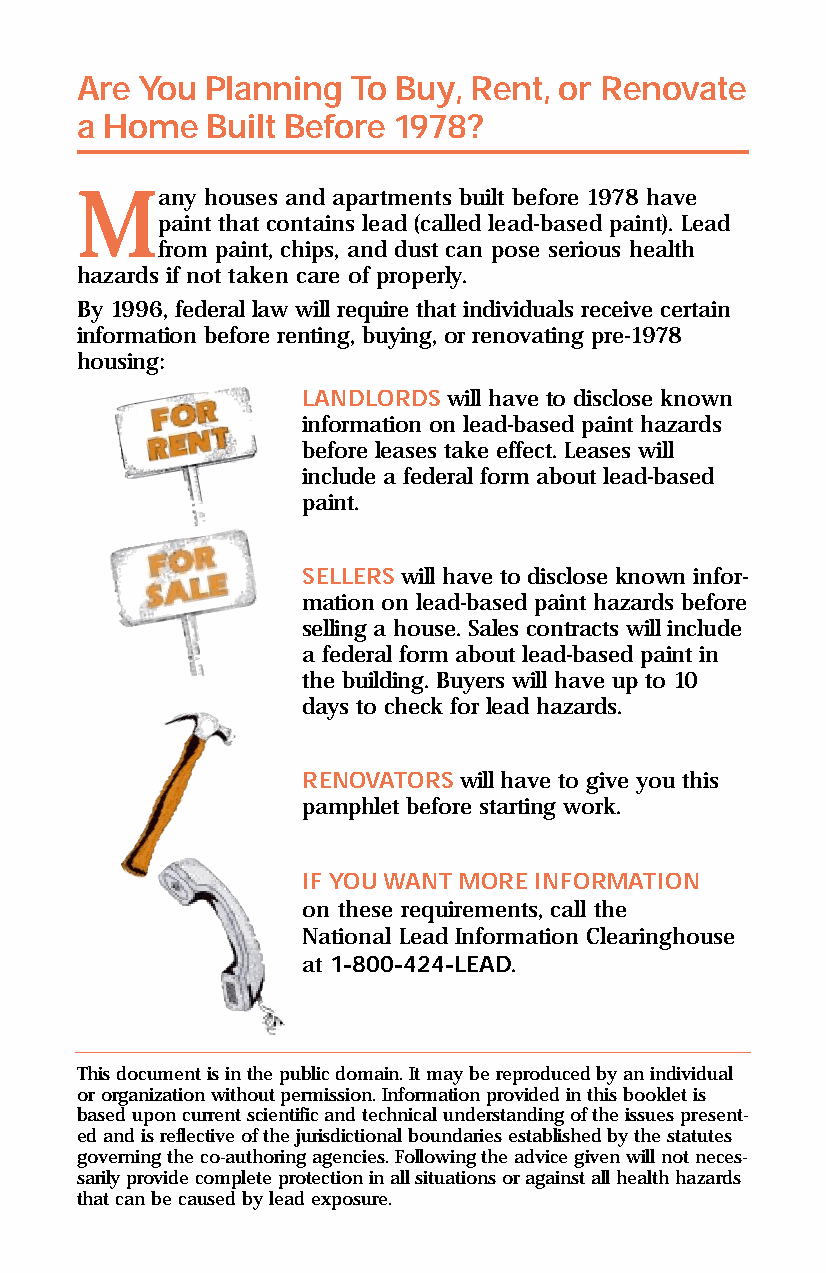
rfinal.qxd 8/8/95 3:18 PM Page 4
 Are You  Planning To Buy, Rent, or Renovate
 a Home   Built Before 1978?
 Many     houses and apartments built before 1978 have
 paint that contains lead (called lead-based paint). Lead
 from paint, chips, and dust can pose serious health
 hazards if not taken care of properly.
 By 1996, federal law will require that individuals receive certain
 information before renting, buying, or renovating pre-1978
 housing:
 LANDLORDS will have to disclose known
 information on lead-based paint hazards
 before leases take effect. Leases will
 include a federal form about lead-based
 paint.
 SELLERS will have to disclose known infor-
 mation on lead-based paint hazards before
 selling a house. Sales contracts will include
 a federal form about lead-based paint in
 the building. Buyers will have up to 10
 days to check for lead hazards.
 RENOVATORS will have to give you this
 pamphlet before starting work.
 IF YOU WANT MORE INFORMATION
 on these requirements, call the
 National Lead Information Clearinghouse
 at 1-800-424-LEAD.
 This document is in the public domain. It may be reproduced by an individual
 or organization without permission. Information provided in this booklet is
 based upon current scientific and technical understanding of the issues present-
 ed and is reflective of the jurisdictional boundaries established by the statutes
 governing the co-authoring agencies. Following the advice given will not neces-
 sarily provide complete protection in all situations or against all health hazards
 that can be caused by lead exposure.